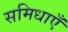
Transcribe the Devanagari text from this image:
समिधाएँ